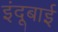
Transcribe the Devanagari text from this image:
इंदूबाई